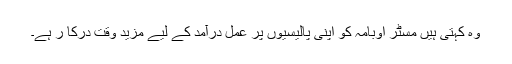
وہ کہتی ہیں مسٹر اوبامہ کو اپنی پالیسیوں پر عمل درآمد کے لیے مزید وقت درکا ر ہے۔